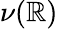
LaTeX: \nu(\mathbb{R})